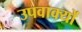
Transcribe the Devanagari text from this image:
उपवाक्यों